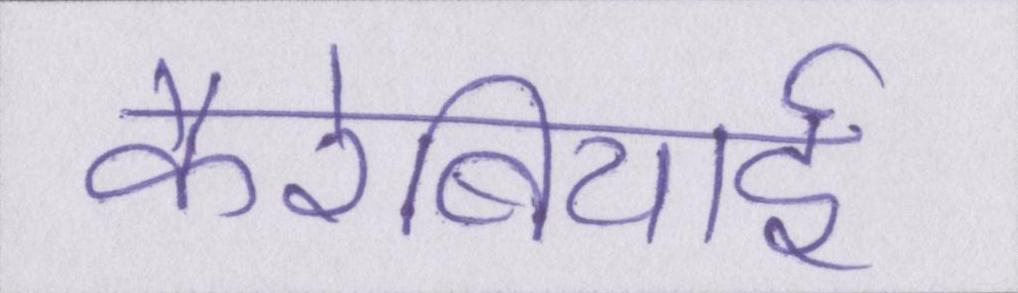
कैरेबियाई